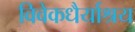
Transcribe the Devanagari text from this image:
विवेकधैर्याश्रय